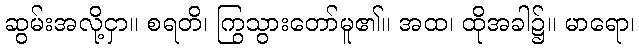
ဆွမ်းအလို့ငှာ။ စရတိ၊ ကြွသွားတော်မူ၏။ အထ၊ ထိုအခါ၌။ မာရော၊